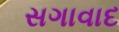
સગાવાદ